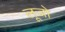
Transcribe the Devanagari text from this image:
लूजो